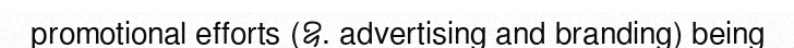
promotional efforts (ឧ. advertising and branding) being